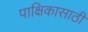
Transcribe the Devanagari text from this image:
पाक्षिकासाठी